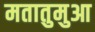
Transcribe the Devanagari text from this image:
मतातुमुआ